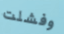
وفشلت